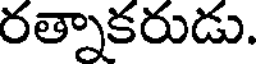
రత్నాకరుడు.